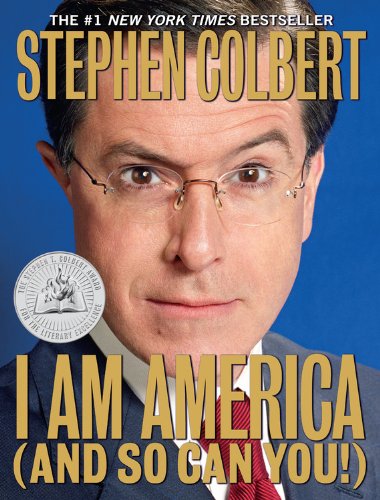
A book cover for I Am America (And So Can You!); Stephen Colbert; Humor & Entertainment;